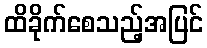
ထိခိုက်စေသည့်အပြင်